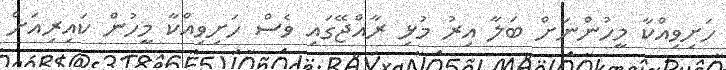
ހަށިވިއްކާ މީހުންނަށް ބަލާ އިރު މުޅި ރާއްޖޭގައި ވެސް ހަށިވިއްކާ މީހުން ކައިރިއަށް